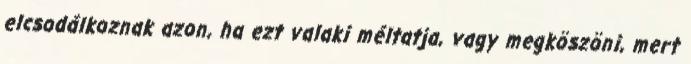
elcsodálkoznak azon, ha ezt valaki méltatja, vagy megköszöni, mert